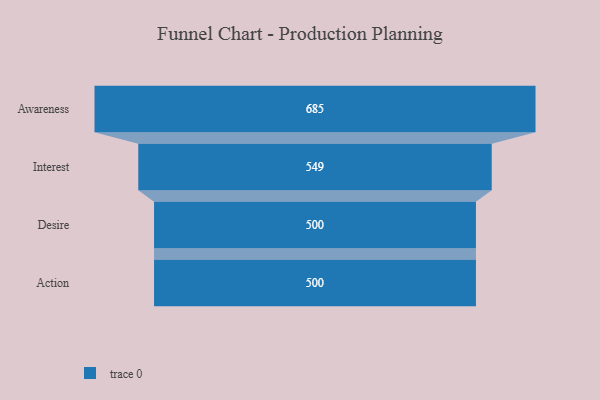
{"axis": {"x": "Stage", "y": "Value"}, "legend": [""], "data": [{"x": "Awareness", "y": 685.0, "type": ""}, {"x": "Interest", "y": 549.0, "type": ""}, {"x": "Desire", "y": 500, "type": ""}, {"x": "Action", "y": 500, "type": ""}]}